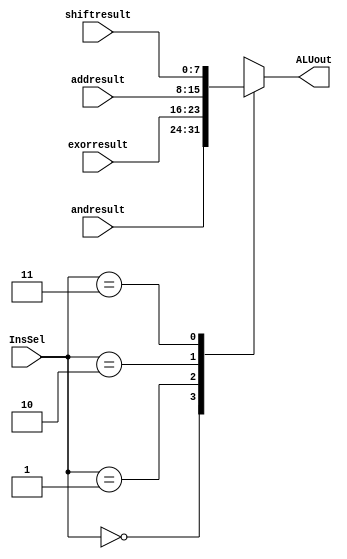
`timescale 1ns / 1ps


module MUX8IN(
input [7:0] andresult,exorresult,shiftresult,addresult,
input [1:0] InsSel,
output reg [7:0] ALUout
    );
    
always @(*) begin

case(InsSel)
0: ALUout <= andresult;
1: ALUout <= exorresult;
2: ALUout <= addresult;
3: ALUout <= shiftresult;
endcase

end
endmodule